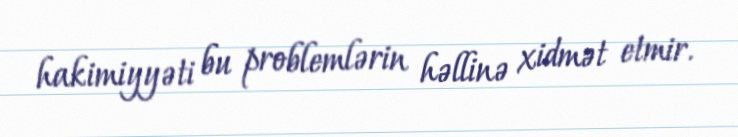
hakimiyyəti bu problemlərin həllinə xidmət etmir.